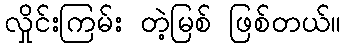
လှိုင်းကြမ်း တဲ့မြစ် ဖြစ်တယ်။